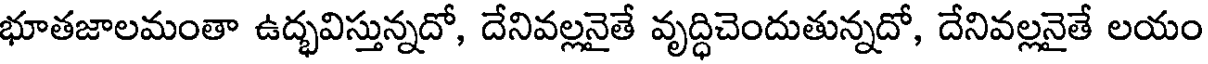
భూతజాలమంతా ఉద్భవిస్తున్నదో, దేనివల్లనైతే వృద్ధిచెందుతున్నదో, దేనివల్లనైతే లయం